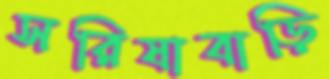
সরিষাবাড়ি